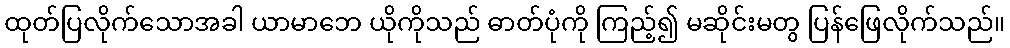
ထုတ်ပြလိုက်သောအခါ ယာမာဘေ ယိုကိုသည် ဓာတ်ပုံကို ကြည့်၍ မဆိုင်းမတွ ပြန်ဖြေလိုက်သည်။